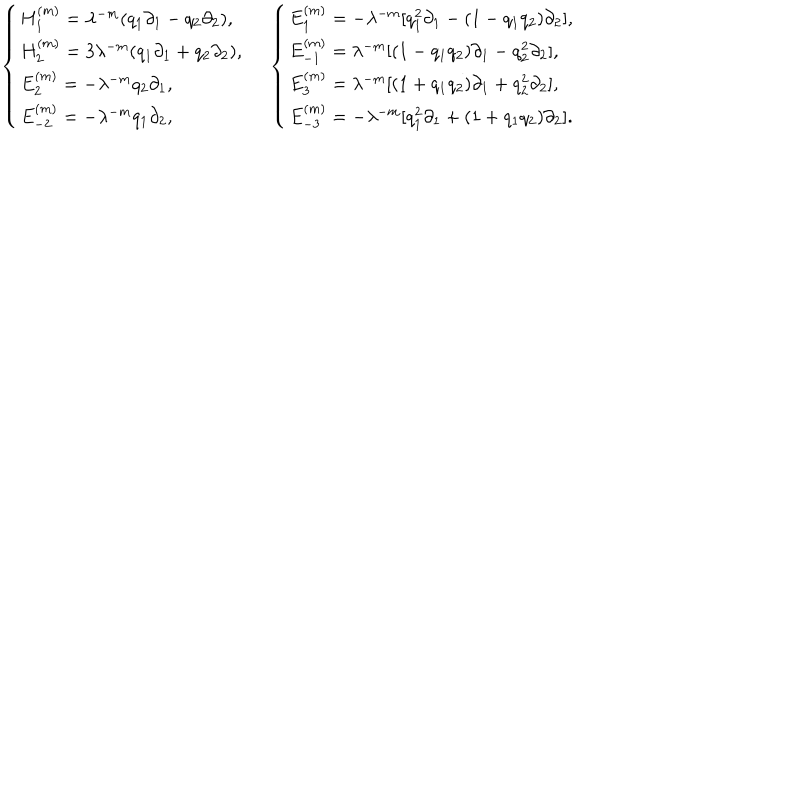
\left. \begin{array} { l l } { { { \left\{ \begin{array} { l } { { H _ { 1 } ^ { ( m ) } = \lambda ^ { - m } ( q _ { 1 } \partial _ { 1 } - q _ { 2 } \partial _ { 2 } ) , \, \, } } \\ { { H _ { 2 } ^ { ( m ) } = 3 \lambda ^ { - m } ( q _ { 1 } \partial _ { 1 } + q _ { 2 } \partial _ { 2 } ) , \, \, } } \\ { { E _ { 2 } ^ { ( m ) } = - \lambda ^ { - m } q _ { 2 } \partial _ { 1 } , \, \, } } \\ { { E _ { - 2 } ^ { ( m ) } = - \lambda ^ { - m } q _ { 1 } \partial _ { 2 } , \, \, } } \\ \end{array} \right. } } } & { { { \left\{ \begin{array} { l } { { E _ { 1 } ^ { ( m ) } = - \lambda ^ { - m } [ q _ { 1 } ^ { 2 } \partial _ { 1 } - ( 1 - q _ { 1 } q _ { 2 } ) \partial _ { 2 } ] , \, \, } } \\ { { E _ { - 1 } ^ { ( m ) } = \lambda ^ { - m } [ ( 1 - q _ { 1 } q _ { 2 } ) \partial _ { 1 } - q _ { 2 } ^ { 2 } \partial _ { 2 } ] , \, \, } } \\ { { E _ { 3 } ^ { ( m ) } = \lambda ^ { - m } [ ( 1 + q _ { 1 } q _ { 2 } ) \partial _ { 1 } + q _ { 2 } ^ { 2 } \partial _ { 2 } ] , \, \, } } \\ { { E _ { - 3 } ^ { ( m ) } = - \lambda ^ { - m } [ q _ { 1 } ^ { 2 } \partial _ { 1 } + ( 1 + q _ { 1 } q _ { 2 } ) \partial _ { 2 } ] . } } \\ \end{array} \right. } } } \\ \end{array} \right.